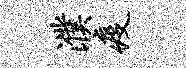
濮疫